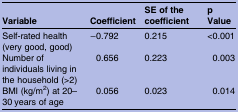
<table><thead><tr><td><b>Variable</b></td><td><b>Coefficient</b></td><td><b>SE of the coefficient</b></td><td><b>p Value</b></td></tr></thead><tbody><tr><td>Self-rated health (very good, good)</td><td>−0.792</td><td>0.215</td><td>&lt;0.001</td></tr><tr><td>Number of individuals living in the household (&gt;2)</td><td>0.656</td><td>0.223</td><td>0.003</td></tr><tr><td>BMI (kg/m<sup>2</sup>) at 20–30 years of age</td><td>0.056</td><td>0.023</td><td>0.014</td></tr></tbody></table>